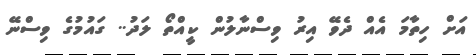
އަށް ހިތާމަ އެއް ދެވޭ އިރު ވިސްނާލުން ކީއްތޯ ލަދު.. ގައުމުގެ ވިސްނޭ